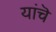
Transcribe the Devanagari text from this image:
यांचॆ